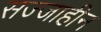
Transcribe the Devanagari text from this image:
सज्जाहीन